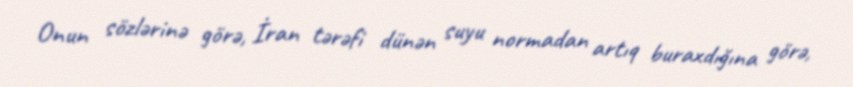
Onun sözlərinə görə, İran tərəfi dünən suyu normadan artıq buraxdığına görə,